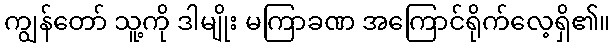
ကျွန်တော် သူ့ကို ဒါမျိုး မကြာခဏ အကြောင်ရိုက်လေ့ရှိ၏။